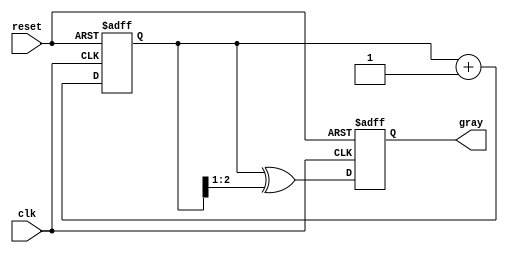
module gray_code_async_counter (
    input wire clk,            // Clock signal
    input wire reset,          // Asynchronous reset
    output reg [N-1:0] gray   // Output Gray Code
);
    parameter N = 3;  // Number of bits for the Gray Code counter

    // Function to convert binary to Gray Code
    function [N-1:0] binary_to_gray;
        input [N-1:0] binary;
        begin
            binary_to_gray = binary ^ (binary >> 1);
        end
    endfunction

    reg [N-1:0] binary_count; // Binary counter

    // Asynchronous Reset and Counter Logic
    always @(posedge clk or posedge reset) begin
        if (reset) begin
            binary_count <= 0;                                  // Reset binary counter
            gray <= binary_to_gray(0);                          // Initialize Gray Code output
        end
        else begin
            binary_count <= binary_count + 1;                   // Increment binary counter
            gray <= binary_to_gray(binary_count);                // Convert to Gray Code
        end
    end
endmodule